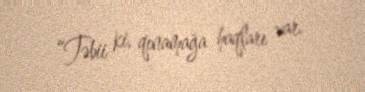
“Təbii ki, qınamağa haqları var.